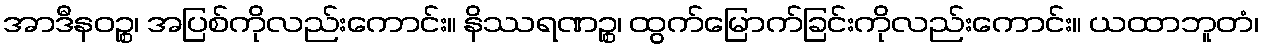
အာဒီနဝဉ္စ၊ အပြစ်ကိုလည်းကောင်း။ နိဿရဏဉ္စ၊ ထွက်မြောက်ခြင်းကိုလည်းကောင်း။ ယထာဘူတံ၊